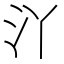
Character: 𱥰